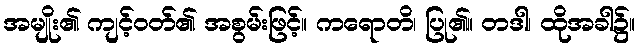
အမျိုး၏ ကျင့်ဝတ်၏ အစွမ်းဖြင့်။ ကရောတိ၊ ပြု၏။ တဒါ၊ ထိုအခါ၌။